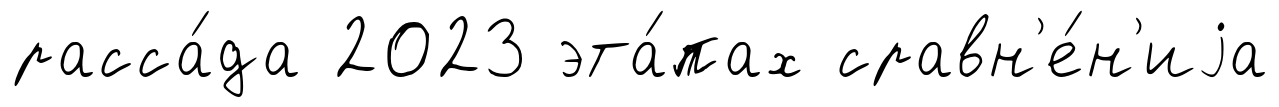
расса́да 2023 эта́пах сравн'е́н'иjа